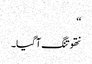
‘‘
نتھو تنگ آگیا۔